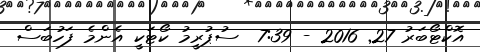
އޮކްޓޯބަރު 27